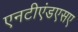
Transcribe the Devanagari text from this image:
एनटीएंडएसए